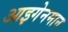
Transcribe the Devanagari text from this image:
आइगेनमान